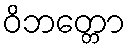
ဝိဘတ္တော